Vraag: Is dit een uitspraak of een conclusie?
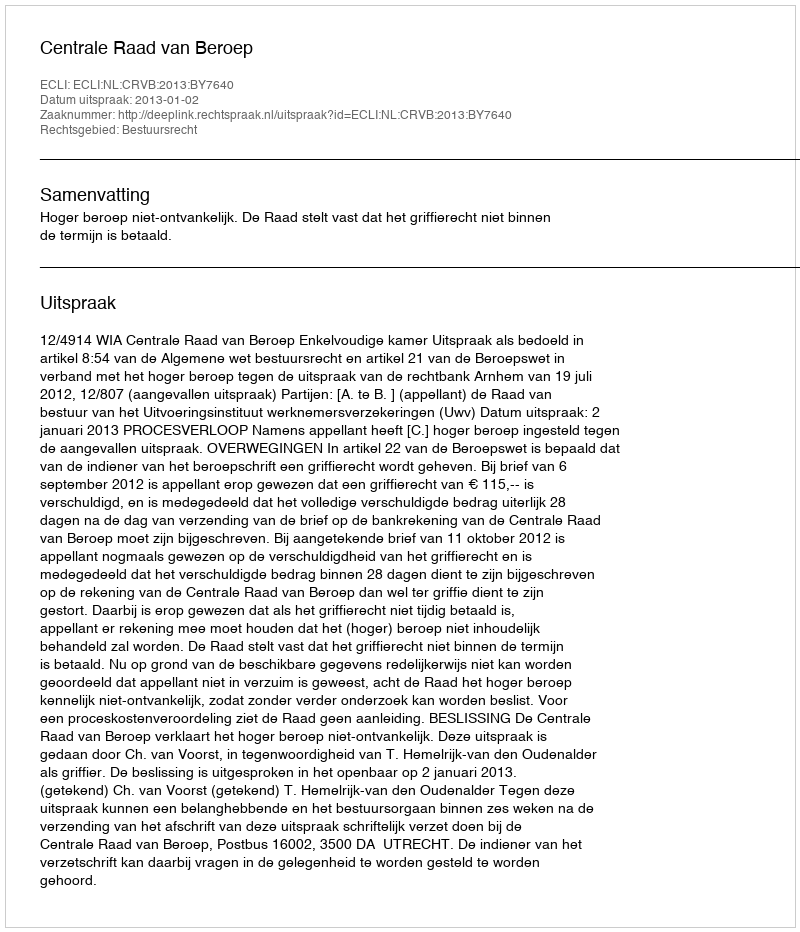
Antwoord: Uitspraak